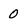
Character: 0